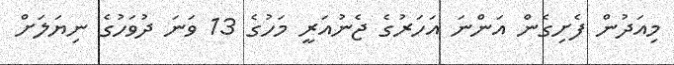
މިއަދުން ފެށިގެން އަންނަ އަހަރުގެ ޖެނުއަރީ މަހުގެ 13 ވަނަ ދުވަހުގެ ނިޔަލަށް